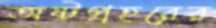
অষ্টপ্রহরের